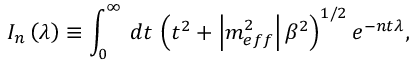
I _ { n } \left( \lambda \right) \equiv \int _ { 0 } ^ { \infty } \, d t \, \left( t ^ { 2 } + \left| m _ { e f f } ^ { 2 } \right| \beta ^ { 2 } \right) ^ { 1 / 2 } e ^ { - n t \lambda } ,